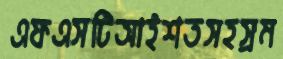
এফএসটিআইশতসহস্রম